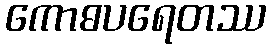
ကောဓပရေတဿ